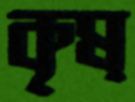
কৃষ্